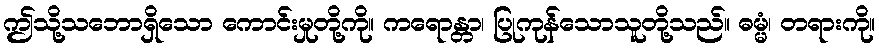
ဤသို့သဘောရှိသော ကောင်းမှုတို့ကို။ ကရောန္တာ၊ ပြုကုန်သောသူတို့သည်။ ဓမ္မံ၊ တရားကို။